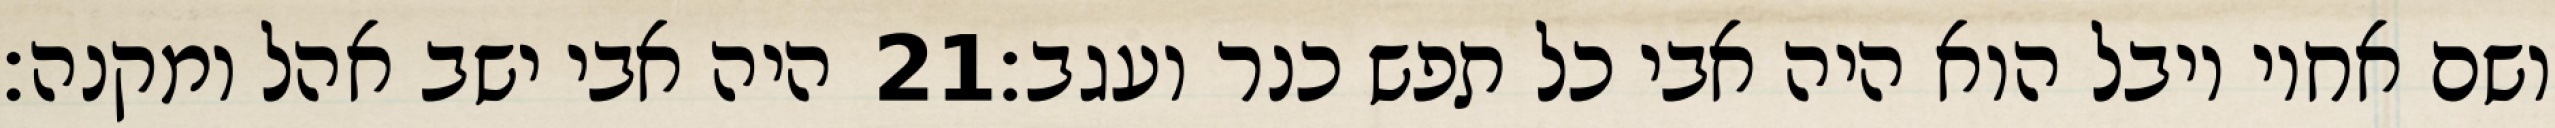
היה אבי ישב אהל ומקנה׃ ‎21‏ ושם אחיו יובל הוא היה אבי כל תפש כנר ועגב׃